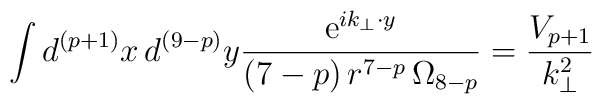
\int d^{(p+1)}x\,d^{(9-p)}y \frac{{\rm e}^{i k_{\bot} \cdot y}}{(7-p)\,r^{7-p}\,\Omega_{8-p}}= \frac{V_{p+1}}{k_\bot^2}